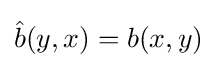
{\hat {b}}(y,x)=b(x,y)